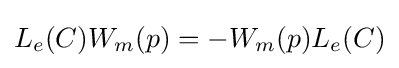
L_{e}(C)W_{m}(p)=-W_{m}(p)L_{e}(C)